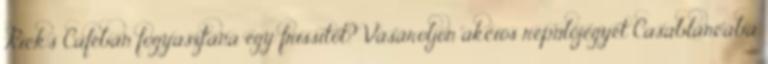
Rick's Caféban fogyasztana egy frissítőt? Vásároljon akciós repülőjegyet Casablancába